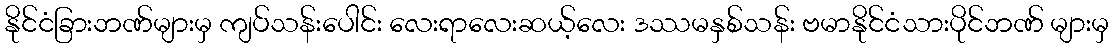
နိုင်ငံခြားဘဏ်များမှ ကျပ်သန်းပေါင်း လေးရာလေးဆယ့်လေး ဒဿမနှစ်သန်း ဗမာနိုင်ငံသားပိုင်ဘဏ် များမှ